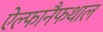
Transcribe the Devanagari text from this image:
ऐल्फानैफथाल